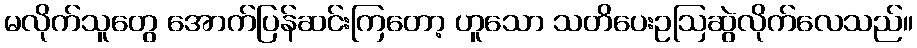
မလိုက်သူတွေ အောက်ပြန်ဆင်းကြတော့ ဟူသော သတိပေးဥဩဆွဲလိုက်လေသည်။